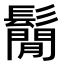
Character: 鬜